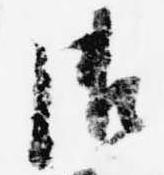
御